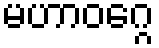
မဟာဝဂ္ဂေ